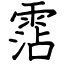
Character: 霑